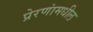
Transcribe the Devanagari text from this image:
प्रेरणांमधील